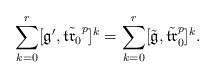
LaTeX: \begin{align*}\label {99} \sum _{k = 0}^r [\mathfrak {g}', \tilde{\mathfrak{tr}_0}^p]^{k} =\sum _{k =0}^r [\tilde {\mathfrak {g}}, \tilde{\mathfrak {tr}}_0^p]^{k}.\end{align*}